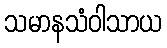
သမာနသံဝါသာယ